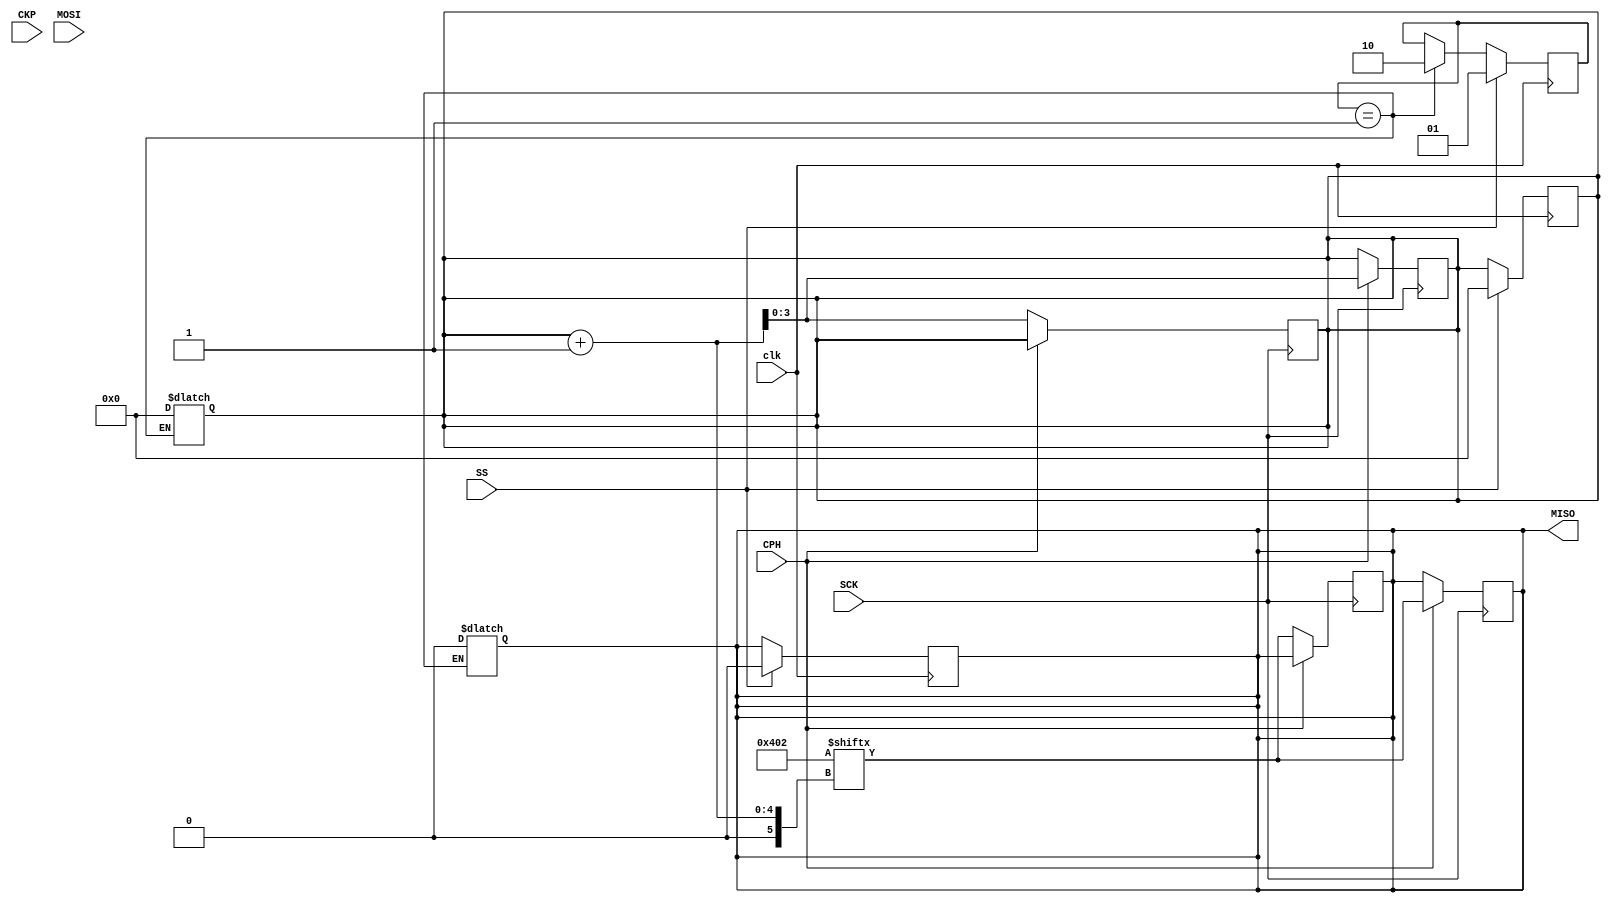
/*
Contenido: Modulo slave para protocolo SPI
Desarrollador: Jorge Meneses Garro
Tarea 4 - IE0523 Circuitos Digitales II

*/

module SPISlave(
    input wire clk, CKP, CPH, MOSI, SCK, SS,
    output reg MISO
);

// Variables intermedias
reg [1:0] state;
reg [1:0] nextstate;

reg [3:0] bitCounter;
reg [3:0] nextbitCounter;

// Estados codificados One Hot
parameter IDLE = 2'b01;
parameter TRANSACTION = 2'b10;

/* 
----------------------
Valores de transaccion 
----------------------

Carne: C14742

Quinto digito = 4 = 00000100 = 0x04
Sexto digito = 2 = 00000010 = 0x02
*/
parameter sendData = 16'b00000100_00000010; // 0x0402
reg [15:0] rcvdData;

// Memoria de estados y salidas
always @(posedge clk) begin
    if (SS) begin
        state       <= IDLE;            // Resetear estado
        bitCounter  <= 0;               // Resetear el contador de indices
        MISO        <= 0;               // Salida en 0
        rcvdData    <= 0;               // Resetear registro de datos
    end else begin
        state <= nextstate;             // Actualizar estado
        bitCounter <= nextbitCounter;   // Actualizar contador de indices
    end
end

// CASOS MODE1 Y MODE3
always @(posedge SCK) begin
    if(CPH) begin
        rcvdData[bitCounter] <= MOSI;   // Guardar datos enviados del master por MOSI
        MISO <= sendData[bitCounter+1]; // Escribir en MISO
        bitCounter <= bitCounter + 1;   // Aumentar contador de indices  
    end 
end

// CASOS MODE0 Y MODE2
always @(negedge SCK) begin
    if(!CPH) begin
        rcvdData[bitCounter] <= MOSI;   // Guardar datos enviados del master por MOSI
        MISO <= sendData[bitCounter+1]; // Escribir en MISO
        bitCounter <= bitCounter + 1;   // Aumentar contador de indices  
    end
end

// Logica combinacional
always @(*)begin
    // Completar comportamiento FFs
    nextstate = state;
    nextbitCounter = bitCounter;
    case (state)
        IDLE:
            begin
                bitCounter = 0;                 // Reestablecer contador de indices en 0
                MISO = 0;                       // MISO inicial de 0
                rcvdData = 0;                   // Reestablecer registro de datos en 0

                // Iniciar 
                if (!SS) begin
                    nextstate = TRANSACTION;    // Cambiar estado
                    MISO = sendData[0];         // Pre-cargar el primer bit a comunicar para que sea detectable en el primer flanco
                end
            end
        TRANSACTION:
            begin
                // Cancelar transaccion si se apaga Chip Select
                if (SS) begin
                    nextstate = IDLE;           // Cambiar estado
                end

            end
    endcase
end

endmodule